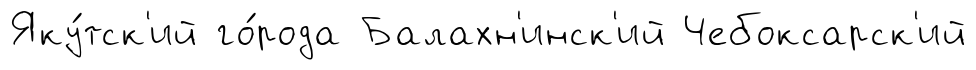
Яку́тск'ий го́рода Балахн'инск'ий Чебоксарск'ий